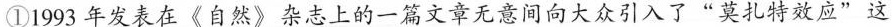
①1993年发表在《自燃》杂击上的一篇文章无意间向大众引入了”莫扎特应”这